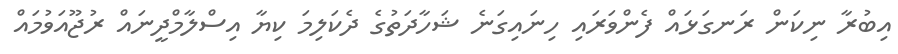
އިބުރާ ނިކަން ރަނގަޅައް ފެންވަރައި ހިނައިގަނެ ޝަހާދަތުގެ ދެކަލިމަ ކިޔާ އިސްލާމްދީނައް ރުޖޫއަވުމައް